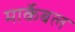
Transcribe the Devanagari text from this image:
मार्केबल